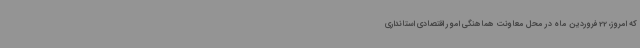
که امروز، 22 فروردین ماه در محل معاونت هماهنگی امور اقتصادی استانداری